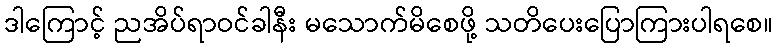
ဒါကြောင့် ညအိပ်ရာဝင်ခါနီး မသောက်မိစေဖို့ သတိပေးပြောကြားပါရစေ။